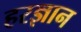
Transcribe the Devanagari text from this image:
हरज्ञान